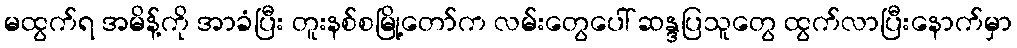
မထွက်ရ အမိန့်ကို အာခံပြီး တူးနစ်စမြို့တော်က လမ်းတွေပေါ် ဆန္ဒပြသူတွေ ထွက်လာပြီးနောက်မှာ